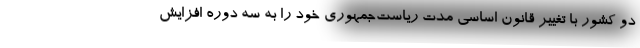
دو کشور با تغییر قانون اساسی مدت ریاست‌جمهوری خود را به سه دوره افزایش